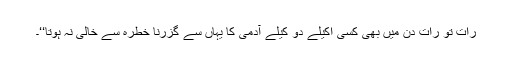
رات تو رات دن میں بھی کسی اکیلے دو کیلے آدمی کا یہاں سے گزرنا خطرہ سے خالی نہ ہوتا‘‘۔